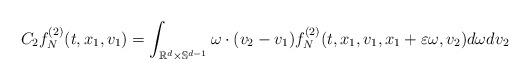
LaTeX: \begin{align*}C_2 f_N^{(2)} (t,x_1,v_1) =\int_{\mathbb{R}^d \times \mathbb{S}^{d-1}}\omega \cdot (v_2 - v_1) f_N^{(2)} (t,x_1,v_1,x_1 + \varepsilon \omega,v_2)d\omega dv_2\end{align*}